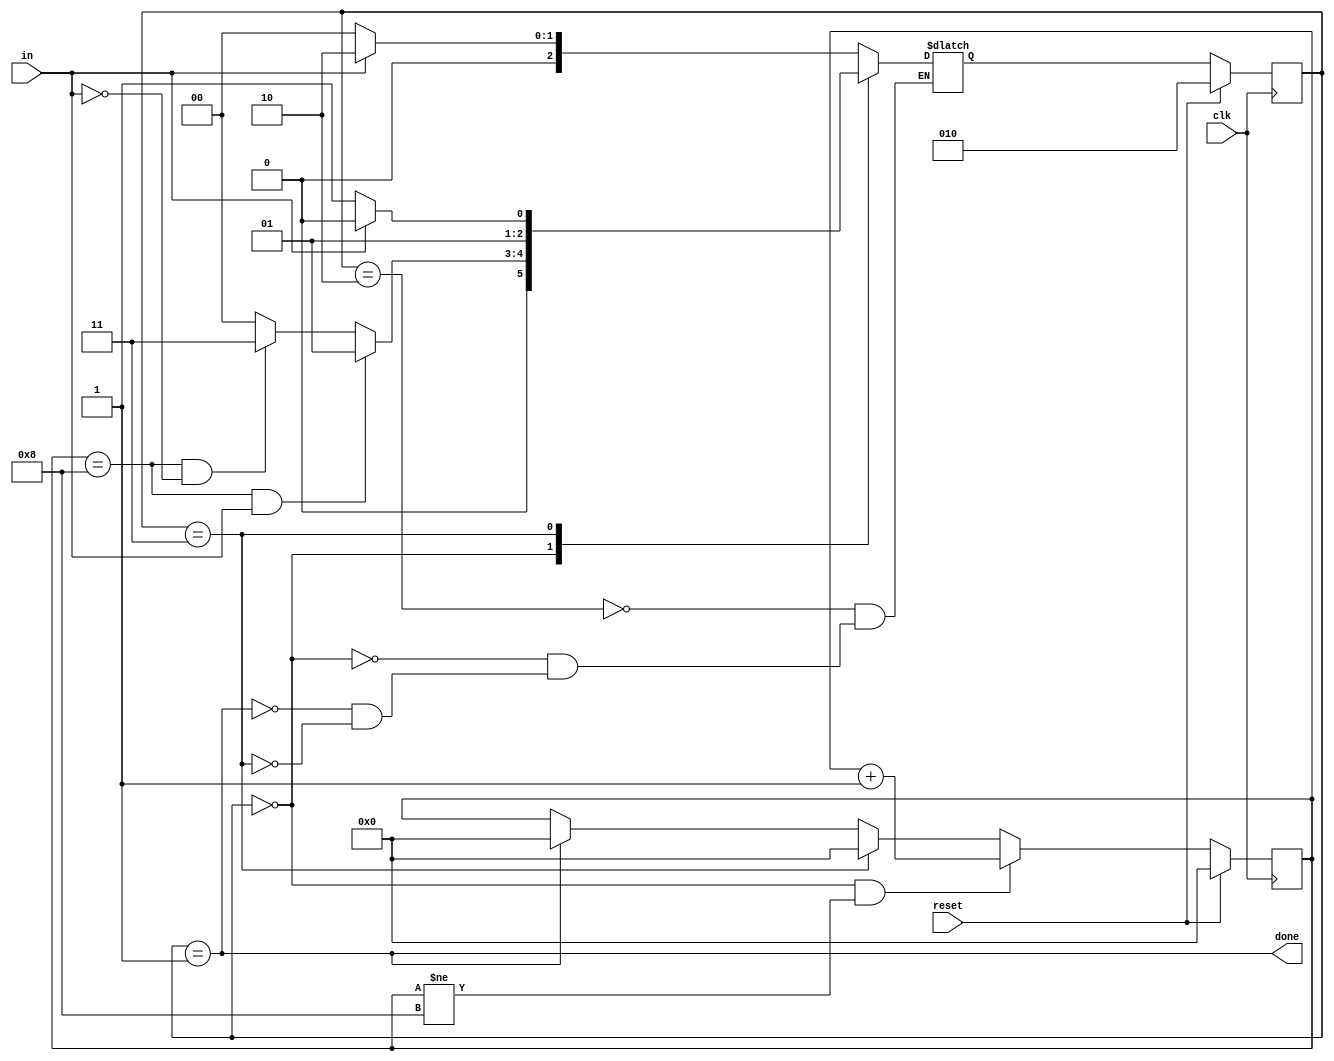
module top_module(
    input clk,
    input in,
    input reset,    // Synchronous reset
    output done
); 

    reg [3:0] i;
    parameter rc = 0, dn = 1, rd = 2, err = 3;
    reg [2:0] state, next_state;

    always @(*) begin
        case (state)
            rd: next_state <= in ? rd : rc;
            rc: begin
                if ((i == 8) & in) begin
                    next_state <= dn;
                end
                else if ((i == 8) & (~in)) begin
                    next_state <= err;
                end
                else begin
                    next_state <= rc;
                end
            end
            dn: next_state <= in ? rd : rc;
            err: next_state <= in ? rd : err;
        endcase
    end

    always @(posedge clk) begin
        if (reset) begin
            state <= rd;
            i <= 0;
        end
        else begin
            if ((state == rc) && (i != 8)) begin
                i <= i + 1;
            end
            else if (state == err) begin
                i <= 0;
            end
            else if (state == dn) begin
                i <= 0;
            end
            state <= next_state;
        end
    end

    assign done = (state == dn);

endmodule